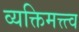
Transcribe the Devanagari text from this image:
व्यक्तिमत्त्त्व